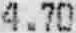
4.70